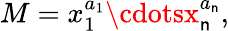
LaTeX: M=x_{1}^{a_{1}}\cdotsx_{\mathsf{n}}^{a_{\mathsf{n}}},